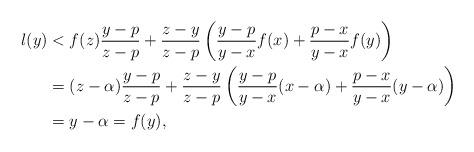
LaTeX: \begin{align*}l(y) &<f(z) \frac{y-p}{z-p} + \frac{z-y}{z-p} \left( \frac{y-p}{y-x} f(x) + \frac{p-x}{y-x} f(y) \right)\\&=(z-\alpha) \frac{y-p}{z-p} + \frac{z-y}{z-p} \left( \frac{y-p}{y-x} (x-\alpha) + \frac{p-x}{y-x} (y-\alpha) \right)\\&=y-\alpha=f(y),\end{align*}